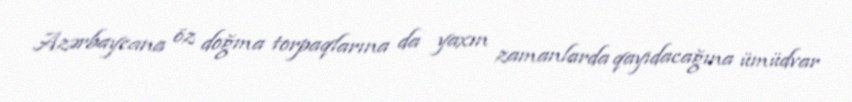
Azərbaycana öz doğma torpaqlarına da yaxın zamanlarda qayıdacağına ümüdvar